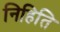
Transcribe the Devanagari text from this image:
निहिति